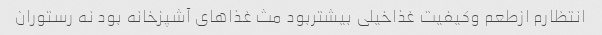
انتظارم ازطعم وکیفیت غذاخیلی بیشتربود مث غذاهای آشپزخانه بود نه رستوران